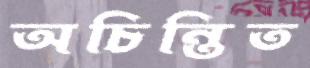
অচিন্তিত